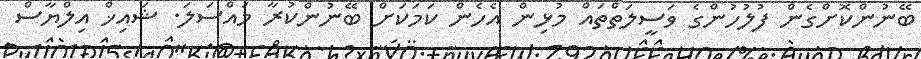
ބޭނުންކޮށްގެން ފުލުހުންގެ ވަސީލަތްތައް މުޅިން އެހެން ކަމަކަށް ބޭނުންކުރާ މައްސަލަ. ޝައިޚް އިލްޔާސް